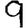
Digit: 9